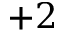
{ + 2 }